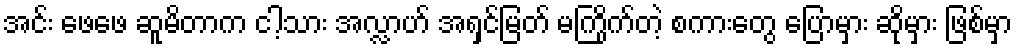
အင်း ဖေဖေ ဆူမိတာက ငါ့သား အလ္လာဟ် အရှင်မြတ် မကြိုက်တဲ့ စကားတွေ ပြောမှား ဆိုမှား ဖြစ်မှာ